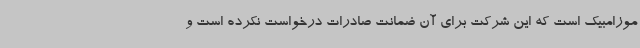
موزامبیک است که این شرکت برای آن ضمانت صادرات درخواست نکرده است و